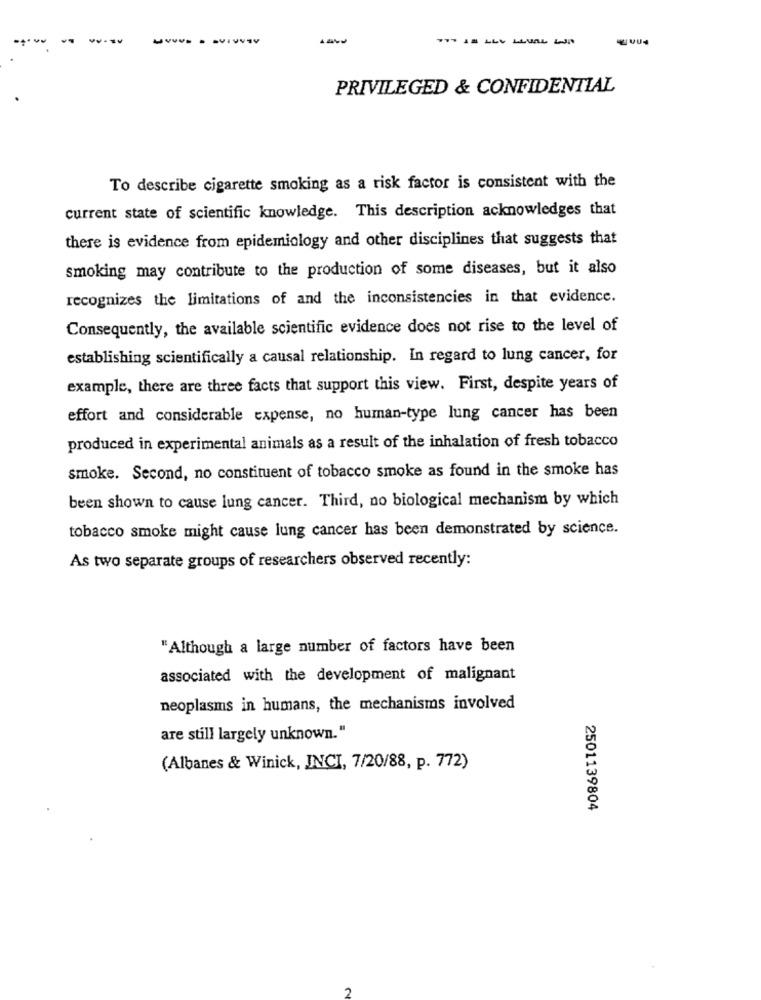
PRIVILEGED & CONFIDENTIAL
To describe cigarette smoking as a risk factor is consistent with the
current state of scientific knowledge. This description acknowledges that
there is evidence from epidemiology and other disciplines that suggests that
smoking may contribute to the production of some diseases, but it also
recognizes the limitations of and the inconsistencies in that evidence.
Consequently, the available scientific evidence does not rise to the level of
establishing scientifically a causal relationship. In regard to lung cancer, for
example, there are three facts that support this view. First, despite years of
effort and considerable expense, no human-type lung cancer has been
produced in experimental animals as a result of the inhalation of fresh tobacco
smoke. Second, no constituent of tobacco smoke as found in the smoke has
been shown to cause lung cancer. Third, no biological mechanism by which
tobacco smoke might cause lung cancer has been demonstrated by science.
As two separate groups of researchers observed recently:
"Although a large number of factors have been
associated with the development of malignant
neoplasms in humans, the mechanisms involved
are still largely unknown."
(Albanes & Winick, JNCI, 7/20/88, p. 772)
2501139804
2